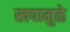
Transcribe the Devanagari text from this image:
खपामुळे